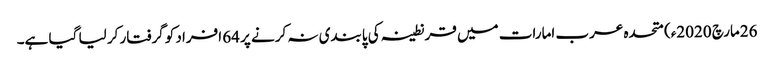
26مارچ 2020ء) متحدہ عرب امارات میں قرنطینہ کی پابندی نہ کرنے پر 64 افراد کو گرفتار کر لیا گیا ہے۔